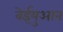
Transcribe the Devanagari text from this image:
वेईयुआन